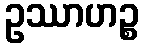
ဥဿာဟဉ္စ